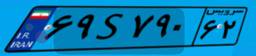
۷۱S۵۶۲۰۷